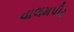
વાલમપીર